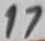
Text: 17